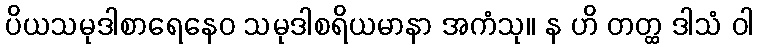
ပိယသမုဒါစာရေနေဝ သမုဒါစရိယမာနာ အကံသု။ န ဟိ တတ္ထ ဒါသံ ဝါ